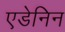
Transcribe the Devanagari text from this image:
एडेनिन